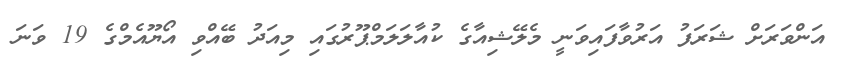
އަންވަރަށް ޝަރަފު އަރުވާފައިވަނީ މެލޭޝިއާގެ ކުއާލަލަމްޕޫރުގައި މިއަދު ބޭއްވި އޯޔޫއެމްގެ 19 ވަނަ